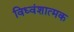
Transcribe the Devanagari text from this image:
विध्वंशात्मक